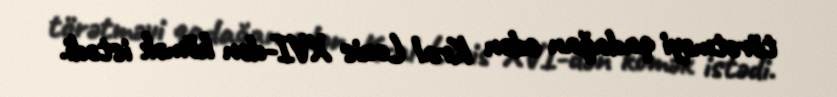
törətməyi qadağan edən Kral Louis XVI-dən kömək istədi.